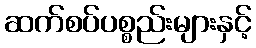
ဆက်စပ်ပစ္စည်းများနှင့်